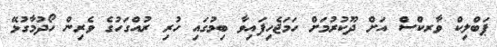
ޕަބްލިކް ވާރކްސް އަށް ދޫކުރުމަށް ހަމަޖެހިފައިވާ ބިމުގައި ހުރި ރުއްގަހުގެ ވެރިން ހޯދުމާގުޅޭ